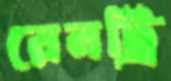
রেনট্রি